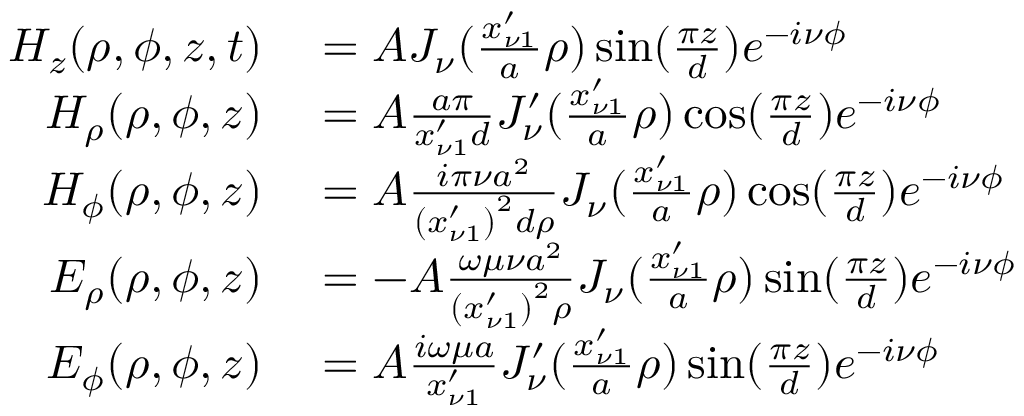
\begin{array} { r l } { H _ { z } ( \rho , \phi , z , t ) } & { { } = A J _ { \nu } ( \frac { x _ { \nu 1 } ^ { \prime } } { a } \rho ) \sin ( \frac { \pi z } { d } ) e ^ { - i \nu \phi } } \\ { H _ { \rho } ( \rho , \phi , z ) } & { { } = A \frac { a \pi } { x _ { \nu 1 } ^ { \prime } d } J _ { \nu } ^ { \prime } ( \frac { x _ { \nu 1 } ^ { \prime } } { a } \rho ) \cos ( \frac { \pi z } { d } ) e ^ { - i \nu \phi } } \\ { H _ { \phi } ( \rho , \phi , z ) } & { { } = A \frac { i \pi \nu a ^ { 2 } } { \left( x _ { \nu 1 } ^ { \prime } \right) ^ { 2 } d \rho } J _ { \nu } ( \frac { x _ { \nu 1 } ^ { \prime } } { a } \rho ) \cos ( \frac { \pi z } { d } ) e ^ { - i \nu \phi } } \\ { E _ { \rho } ( \rho , \phi , z ) } & { { } = - A \frac { \omega \mu \nu a ^ { 2 } } { \left( x _ { \nu 1 } ^ { \prime } \right) ^ { 2 } \rho } J _ { \nu } ( \frac { x _ { \nu 1 } ^ { \prime } } { a } \rho ) \sin ( \frac { \pi z } { d } ) e ^ { - i \nu \phi } } \\ { E _ { \phi } ( \rho , \phi , z ) } & { { } = A \frac { i \omega \mu a } { x _ { \nu 1 } ^ { \prime } } J _ { \nu } ^ { \prime } ( \frac { x _ { \nu 1 } ^ { \prime } } { a } \rho ) \sin ( \frac { \pi z } { d } ) e ^ { - i \nu \phi } } \end{array}